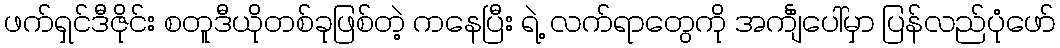
ဖက်ရှင်ဒီဇိုင်း စတူဒီယိုတစ်ခုဖြစ်တဲ့ ကနေပြီး ရဲ့ လက်ရာတွေကို အင်္ကျံပေါ်မှာ ပြန်လည်ပုံဖော်